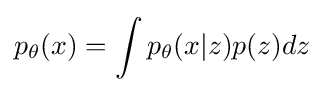
p_{\theta }(x)=\int p_{\theta }(x|z)p(z)dz